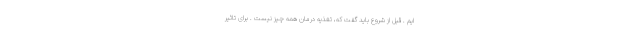
ایم . قبل از شروع باید گفت که، تغذیه درمان همه چیز نیست . برای تاثیر